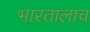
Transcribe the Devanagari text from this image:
भारतालाच